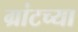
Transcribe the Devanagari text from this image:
ग्रांटच्या